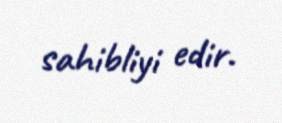
sahibliyi edir.